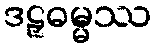
ဒဠှဓမ္မဿ